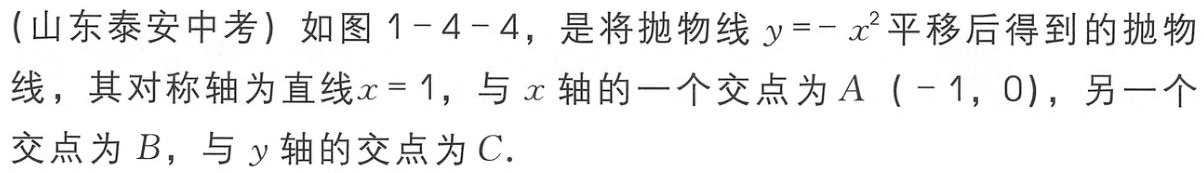
(山东泰安中考) 如图1 - 4 - 4，是将抛物线\(y = -x^{2}\)平移后得到的抛物线，其对称轴为直线\(x = 1\)，与\(x\)轴的一个交点为\(A\ (-1,0)\)，另一个交点为\(B\)，与\(y\)轴的交点为\(C\).